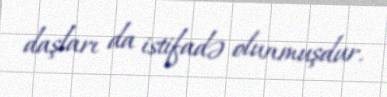
daşları da istifadə olunmuşdur.